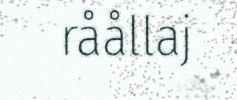
råållaj